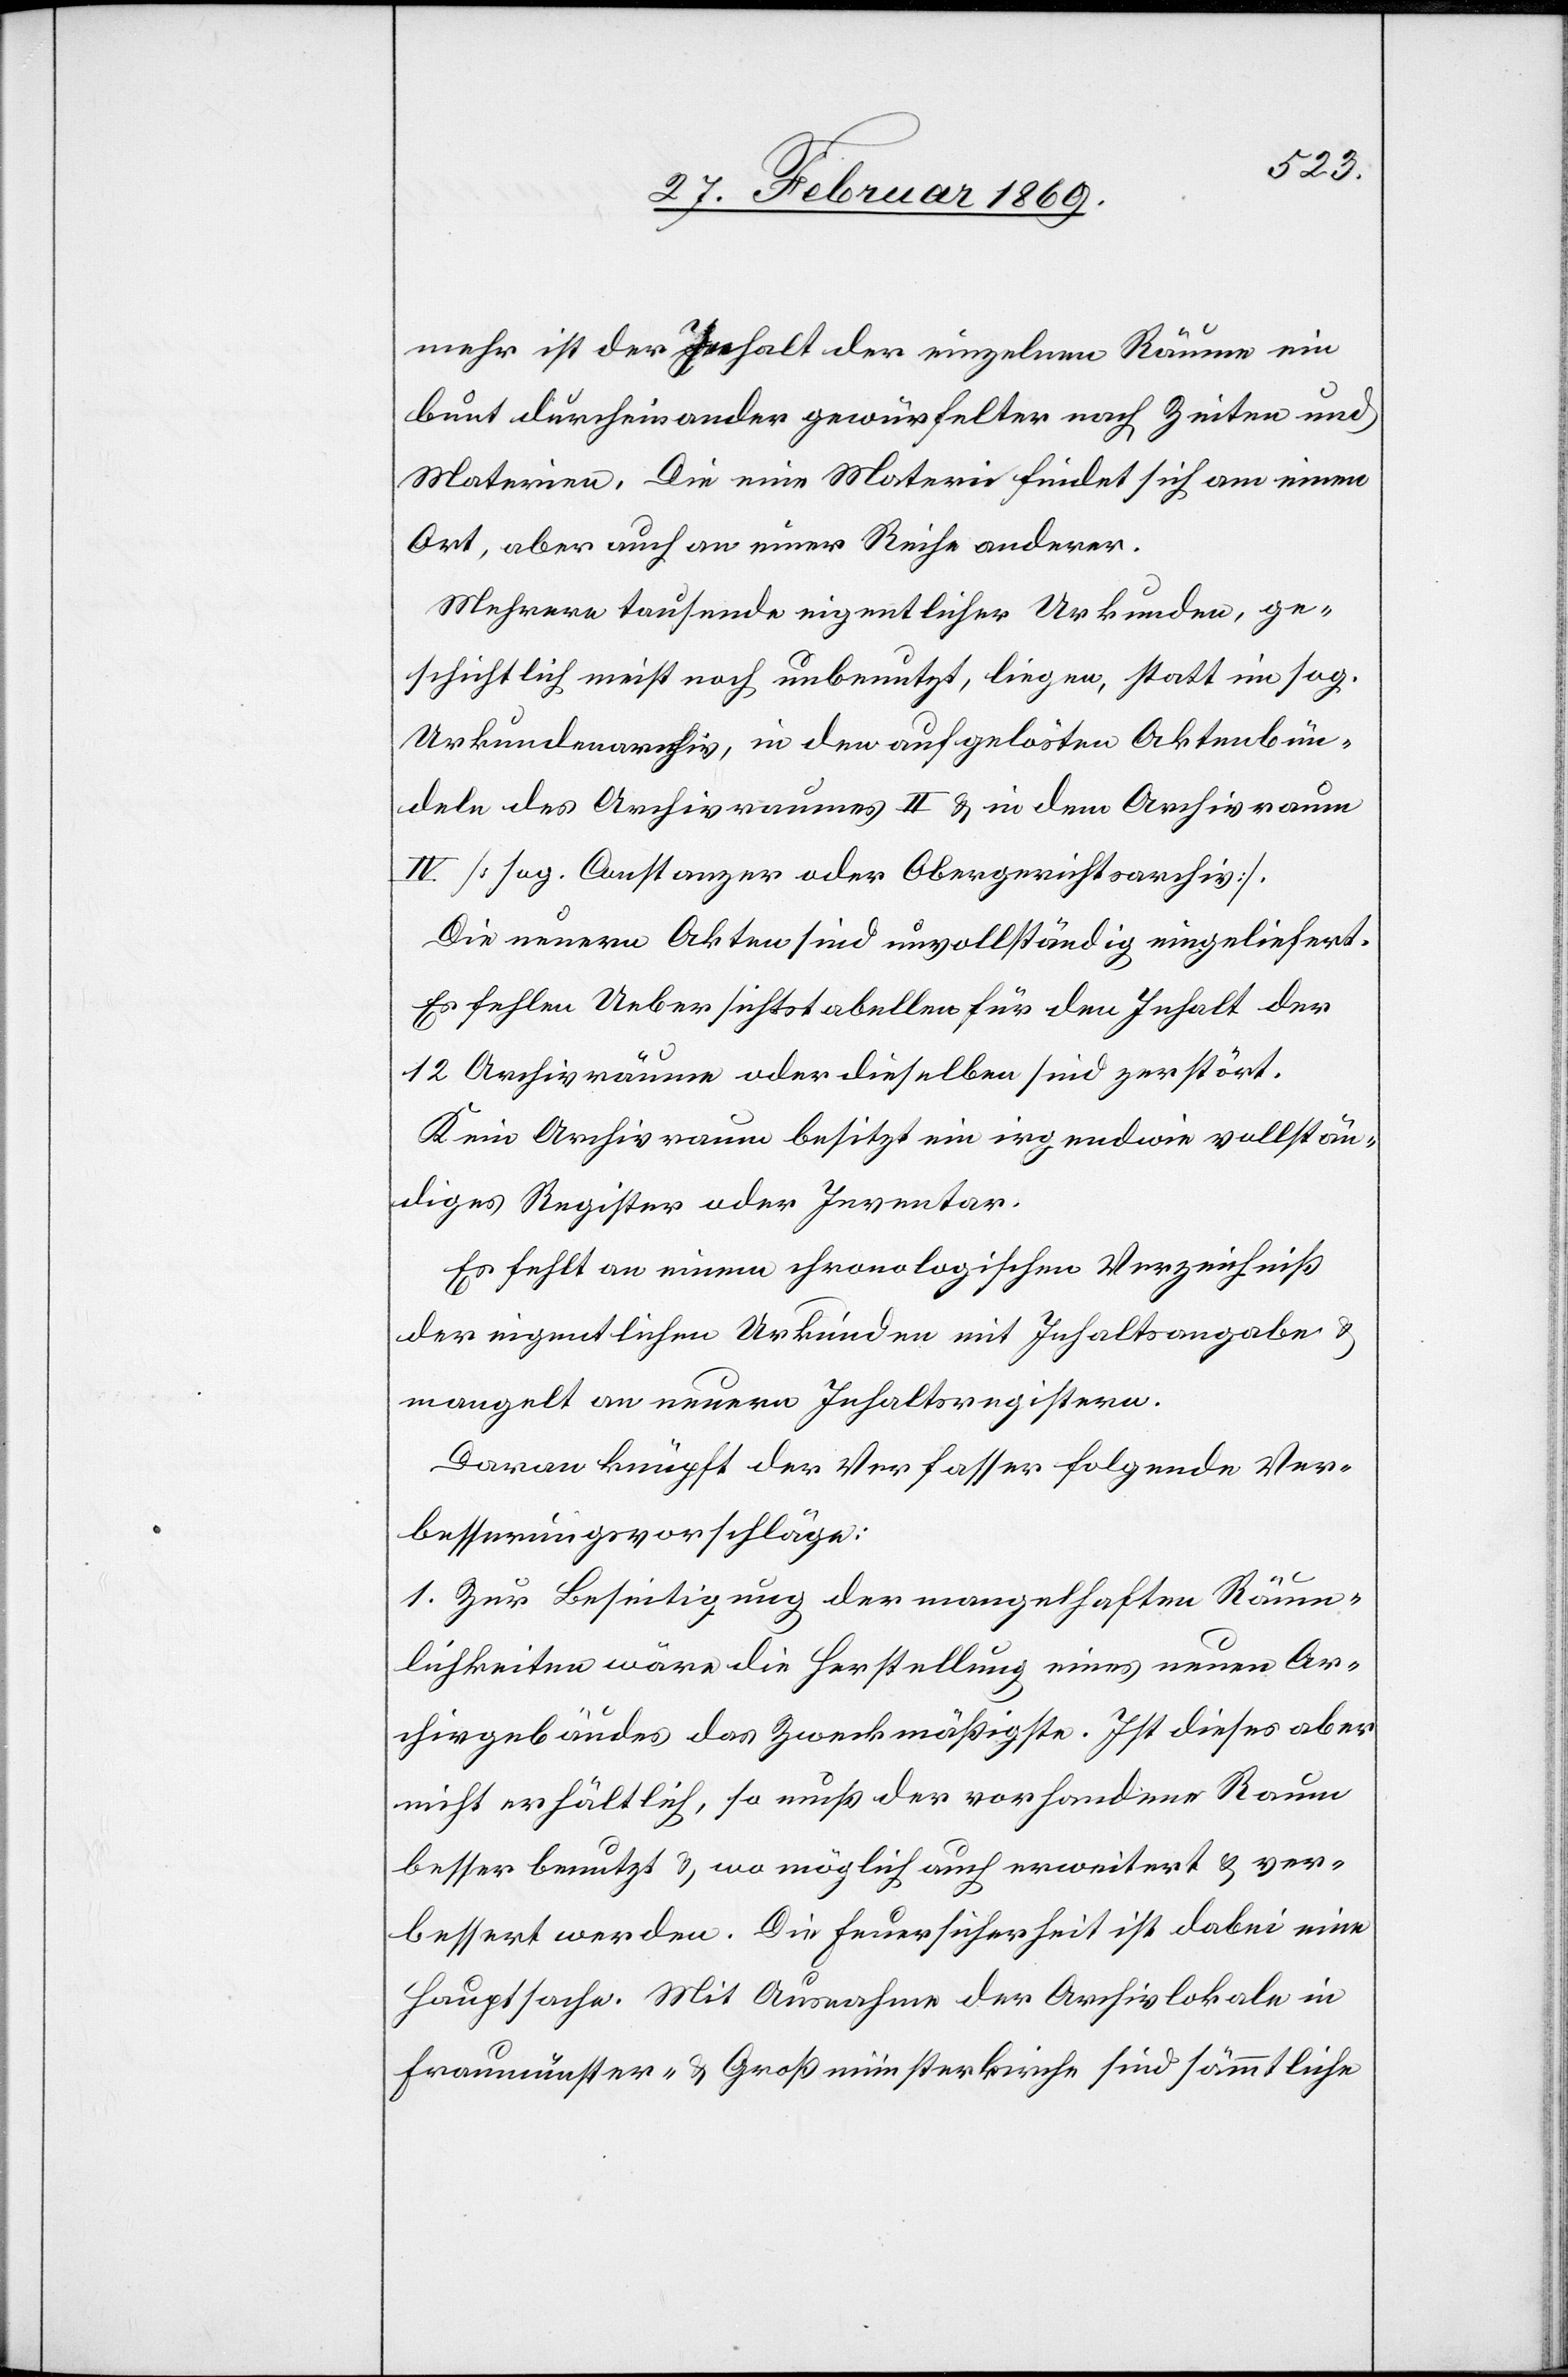
mehr ist der Inhalt der einzelnen Räume ein
laut durcheinander gewürfelter nach Zeiten und
Materien. Die eine Materie findet sich an einem
Ort, aber auch an einer Reihe anderer.
Mehrere tausende eigentlicher Urkunden, ge¬
schichtlich meist noch unbenutzt, liegen, statt im sog.
Urkundenarchiv, in den aufgelösten Aktenbün¬
deln des Archivraumes II & in dem Archivraum
IV [sog. Constanzer oder Obergerichtsarchiv].
Die neuern Akten sind unvollständig eingeliefert.
Es fehlen Uebersichtsstellen für den Inhalt der
12 Archivräume oder dieselben sind zerstört.
Kein Archivraum besitzt ein irgendwie vollstän¬
diges Register oder Inventar.
Es fehlt an einem chronologischen Verzeichniß
der eigentlichen Urkunden mit Inhaltsangabe &
mangelt an neuern Inhaltsregistern.
Daran knüpft der Verfasser folgende Ver¬
besserungsvorschläge:
1. Zur Beseitigung der mangelhaften Räum¬
lichkeiten wäre die Herstellung eines neuen Ar¬
chivgebäudes das Zweckmäßigste. Ist dieses aber
nicht erhältlich, so muß der vorhandene Raum
besser benutzt & wo möglich auch erweitert & ver¬
bessert werden. Die Feuersicherheit ist dabei eine
Hauptsache. Mit Ausnahme der Archivlokale in
Fraumünster- & Großmünsterkirche sind sämmtliche